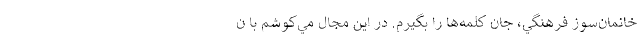
خانمان‌سوز فرهنگي، جان كلمه‌ها را بگيرم. در اين مجال مي‌كوشم با ن